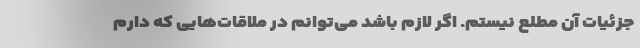
جزئیات آن مطلع نیستم. اگر لازم باشد می‌توانم در ملاقات‌هایی که دارم